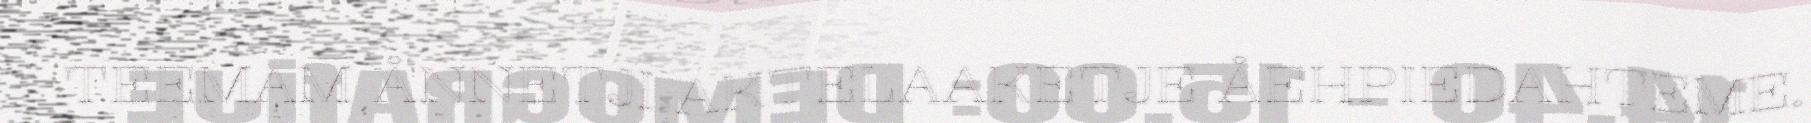
TEEMAM ÅNNETJI AKTELAAKETJE ÅEHPIEDAHTEME.